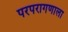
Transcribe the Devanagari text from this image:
परपरागणाला